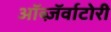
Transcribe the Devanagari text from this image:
ऑब्ज़ॅर्वाटोरी